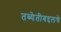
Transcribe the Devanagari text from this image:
तब्येतीबद्दलचे